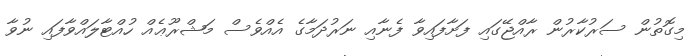
މިގޮތުން ސަރުކާރުން ރާއްޖޭގައި ފަށާފައިވާ ފެނާއި ނަރުދަމާގެ އެއްވެސް މަޝްރޫޢެއް ހުއްޓާލައްވާފައި ނުވާ